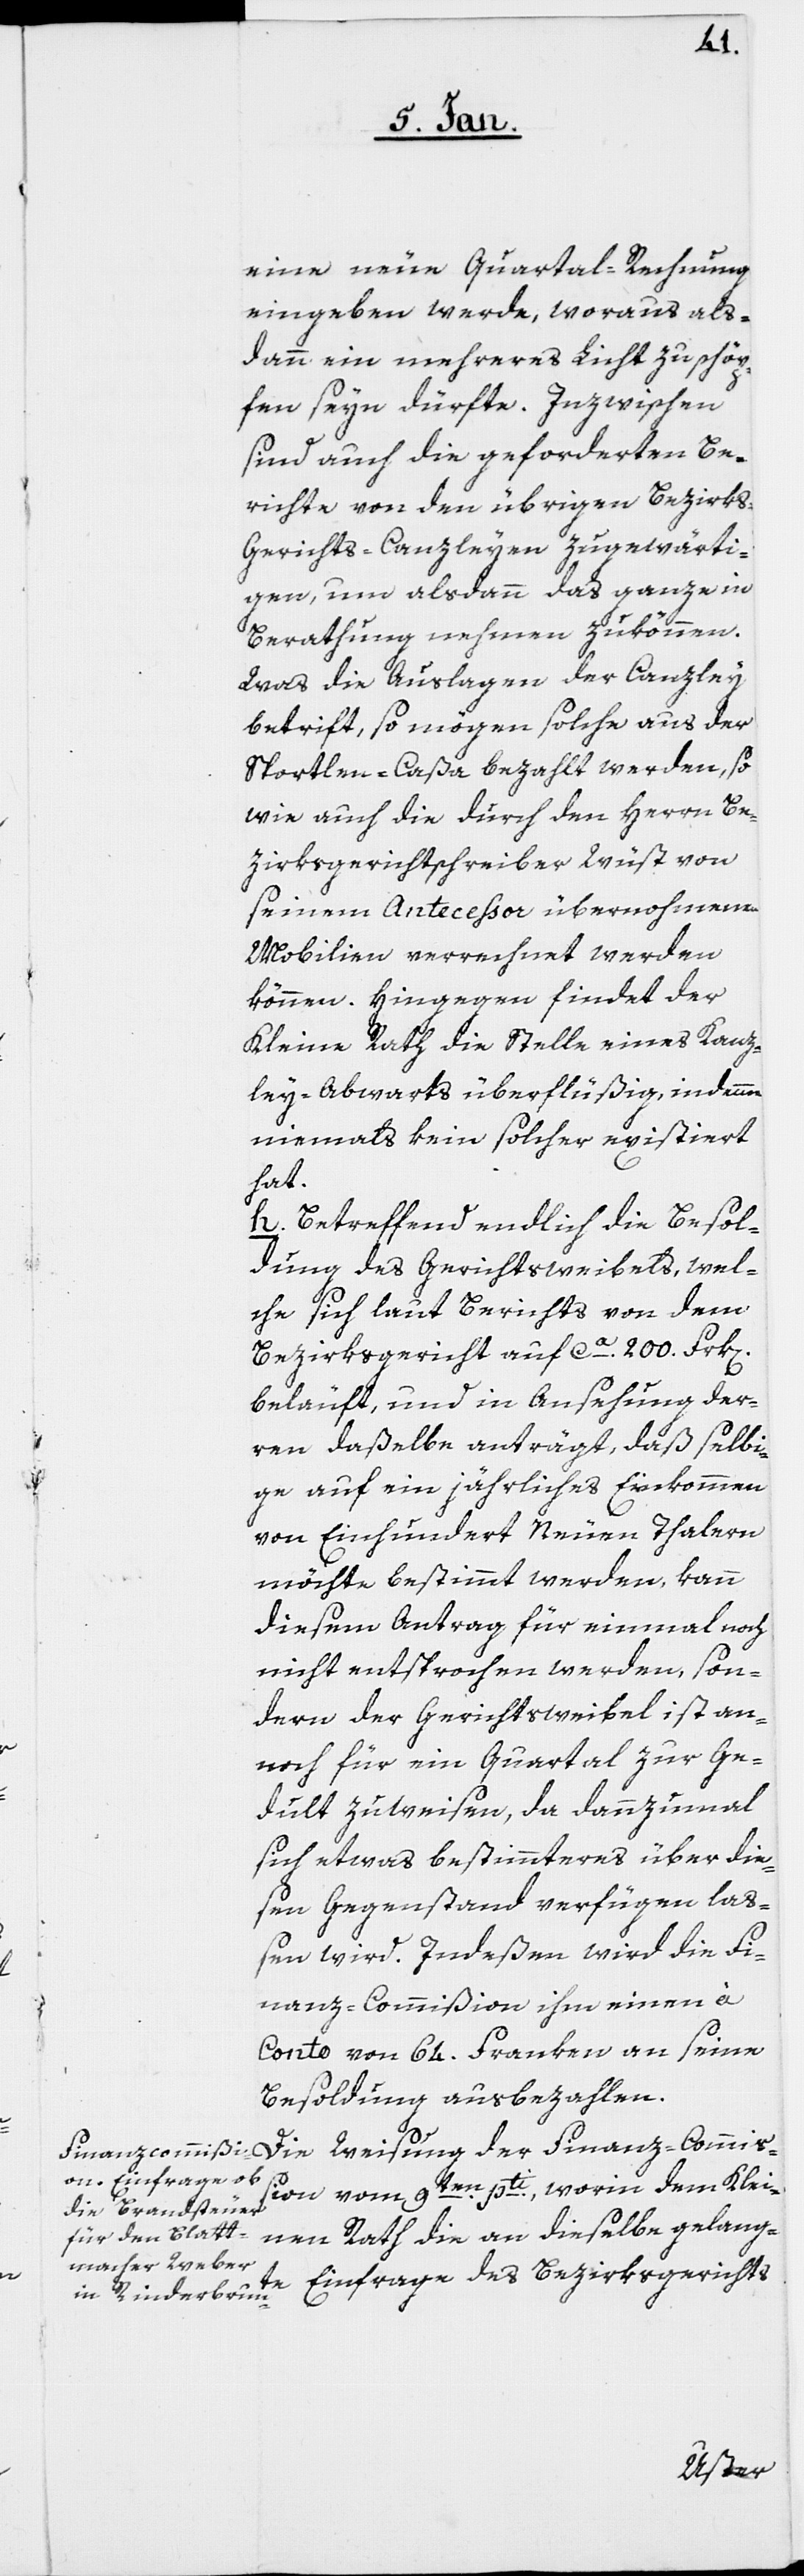
eine neue Quartal-Rechnung
eingeben werde, woraus als¬
dann ein mehreres Licht zu schöp¬
fen seyn dürfte. Inzwischen
sind auch die geforderten Be¬
richte von den übrigen Bezirk¬
s-Gerichts-Canzleyen zugewärti¬
gen, um alsdann das ganze in
Berathung nehmen zu können.
Was die Auslagen der Canzley
betrift, so mögen solche aus der
Sportlen-Caßa bezahlt werden, so
wie auch die durch den Herrn Be¬
zirksgerichtschreiber Wüst von
seinem Antecessor übernohmenen
Mobilien verrechnet werden
können. Hingegen findet der
Kleine Rath die Stelle eines Kanz¬
ley-Abwarts überflüßig, indemme
niemals kein solcher existiert
hat.
h. Betreffend endlich die Besol¬
dung des Gerichtsweibels, wel¬
che sich laut Berichts von dem
Bezirksgericht auf ca. 200. Frk[en].
beläuft, und in Ansehung der¬
en daßelbe anträgt, daß selbi¬
ge auf ein jährliches Einkommen
von Einhundert Neuen Thalern
möchte bestimmt werden, kann
diesem Antrag für einmal noch
nicht entsprochen werden, son¬
dern der Gerichtsweibel ist an¬
noch für ein Quartal zur Ge¬
dult zuweisen, da dannzumal
sich etwas bestimmteres über die¬
sen Gegenstand verfügen laß¬
en wird. Indeßen wird die Fi¬
nanz-Commißion ihm einen à
Conto von 64. Franken an seine
Besoldung ausbezahlen.
Die Weisung der Finanz-Commiß¬
ion vom 9ten pti., worin dem Klei¬
nen Rath die an dieselbe gelang¬
te Einfrage des Bezirksgerichts